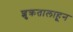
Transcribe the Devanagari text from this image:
शुक्रतालाहून